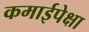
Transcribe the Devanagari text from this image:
कमाईपेक्षा